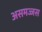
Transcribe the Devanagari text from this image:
असमज्जस